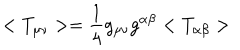
LaTeX: < T _ { \mu \nu } > = \frac { 1 } { 4 } g _ { \mu \nu } g ^ { \alpha \beta } < T _ { \alpha \beta } >